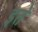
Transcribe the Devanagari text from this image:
इते